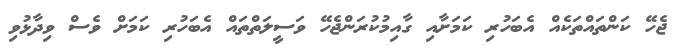
ޖެހޭ ކަންތައްތަކެއް އެބަހުރި ކަމަށާއި ގާއިމުކުރަންޖެހޭ ވަސީލަތްތައް އެބަހުރި ކަމަށް ވެސް ވިދާޅުވި